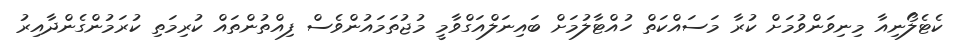
ކެޓެލޯނިއާ މިނިވަންވުމަށް ކުރާ މަސައްކަތް ހުއްޓާލުމަށް ބައިނަލްއަގްވާމީ މުޖުތަމައުންވެސް ފިއްތުންތައް ކުރިމަތި ކުރަމުންގެންދާއިރު